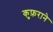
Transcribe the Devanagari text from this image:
कुफ़राने